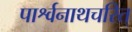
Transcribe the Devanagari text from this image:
पार्श्वनाथचरित्